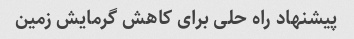
پیشنهاد راه حلی برای کاهش گرمایش زمین